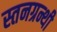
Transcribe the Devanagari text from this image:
स्तनग्रन्थी